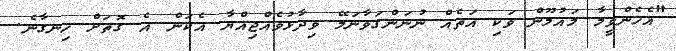
"އެހެންވީމާ މައުމޫން ވަކި އަތެއް ނުނަންގަވާނަމޭ ވިދާޅުވެއްޖިއްޔާ އެކަން އެ ގޮތަށް ހިނގާނެ.